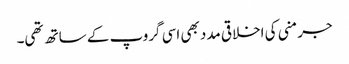
جرمنی کی اخلاقی مدد بھی اسی گروپ کے ساتھ تھی۔